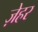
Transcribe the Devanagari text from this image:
ज़ेहर